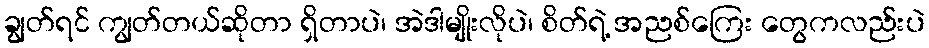
ချွတ်ရင် ကျွတ်တယ်ဆိုတာ ရှိတာပဲ၊ အဲဒါမျိုးလိုပဲ၊ စိတ်ရဲ့ အညစ်ကြေး တွေကလည်းပဲ